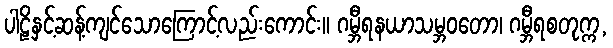
ပါဠိနှင့်ဆန့်ကျင်သောကြောင့်လည်းကောင်း။ ဂမ္ဘီရနယာသမ္ဘဝတော၊ ဂမ္ဘီရစတုက္က,